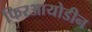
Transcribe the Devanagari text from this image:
फिरआयोडीन